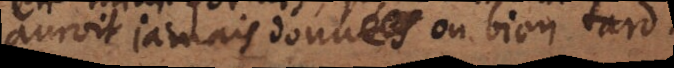
oit jamais données ou bien tard.